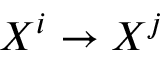
X ^ { i } \rightarrow X ^ { j }